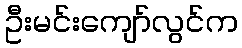
ဦးမင်းကျော်လွင်က